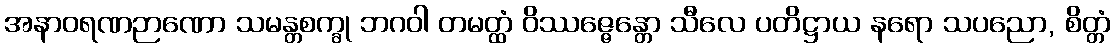
အနာဝရဏဉာဏော သမန္တစက္ခု ဘဂဝါ တမတ္ထံ ဝိဿဇ္ဇေန္တော သီလေ ပတိဋ္ဌာယ နရော သပညော, စိတ္တံ